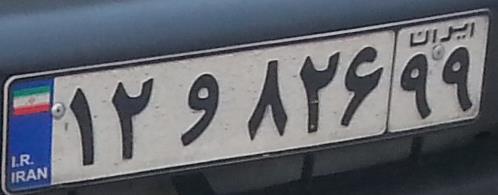
۱۲و۸۲۶۹۹